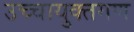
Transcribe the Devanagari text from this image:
उच्चायुक्तगण